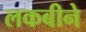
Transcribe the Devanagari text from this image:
लकबीने